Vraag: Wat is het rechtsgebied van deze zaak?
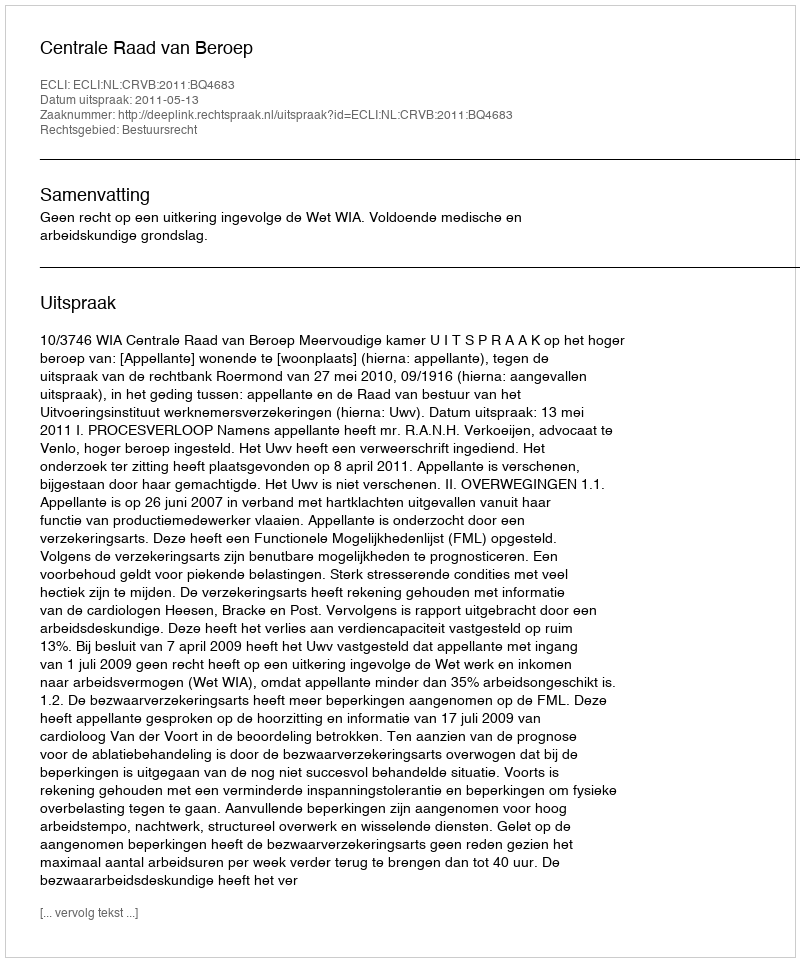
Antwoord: Bestuursrecht